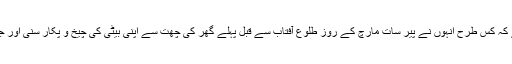
لڑکی کے والدین نے پولیس کو جو رپورٹ درج کرائی ہے، اس میں بتایا گیا ہے کہ کس طرح انہوں نے پیر سات مارچ کے روز طلوع آفتاب سے قبل پہلے گھر کی چھت سے اپنی بیٹی کی چیخ و پکار سنی اور جب موقع پر پہنچے تو اسے جسمانی طور پر بری طرح جلی ہوئی حالت میں پایا۔